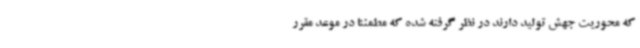
که محوریت جهش تولید دارند در نظر گرفته شده که مطمئناً در موعد مقرر